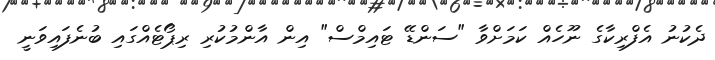
ދެކުނު އެފްރިކާގެ ނޫހެއް ކަމަށްވާ "ސަންޑޭ ޓައިމްސް" އިން އާންމުކުރި ރިޕޯޓެއްގައި ބުނެފައިވަނީ